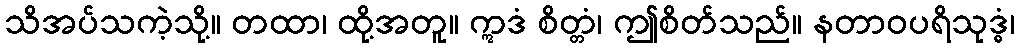
သိအပ်သကဲ့သို့။ တထာ၊ ထို့အတူ။ ဣဒံ စိတ္တံ၊ ဤစိတ်သည်။ နတာဝပရိသုဒ္ဓံ၊